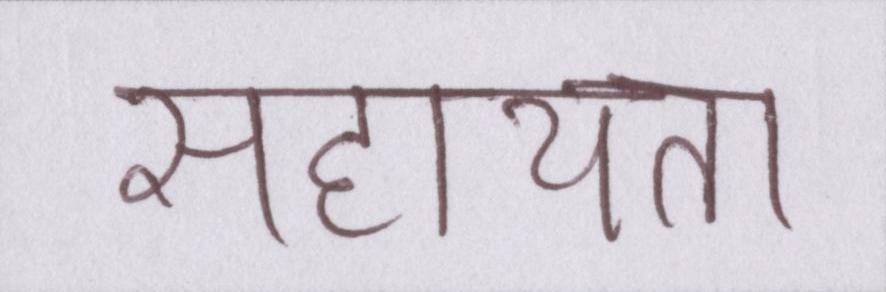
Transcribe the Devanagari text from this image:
सहायता